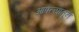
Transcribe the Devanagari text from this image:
आपल्यातून